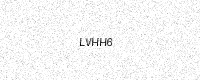
Text: LVHH6